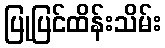
ပြုပြင်ထိန်းသိမ်း